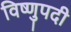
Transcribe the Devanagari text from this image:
विष्णुपदी